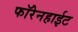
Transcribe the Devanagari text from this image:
फॉरेनहाईट